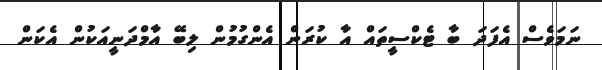
ނަމަވެސް އެފަދަ ބާ ޓެކްސީތައް އާ ކުރަން އެންގުމުން ލިބޭ އާމްދަނީއަކުން އެކަން